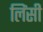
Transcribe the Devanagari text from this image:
लिंसी